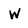
Character: W